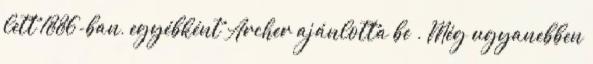
lett 1886-ban, egyébként Archer ajánlotta be . Még ugyanebben